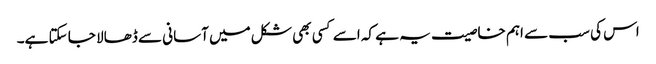
اس کی سب سے اہم خاصیت یہ ہے کہ اسے کسی بھی شکل میں آسانی سے ڈھالا جا سکتا ہے۔